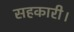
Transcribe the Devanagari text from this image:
सहकारी।